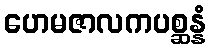
ဟေမဇာလကပစ္ဆန္နံ